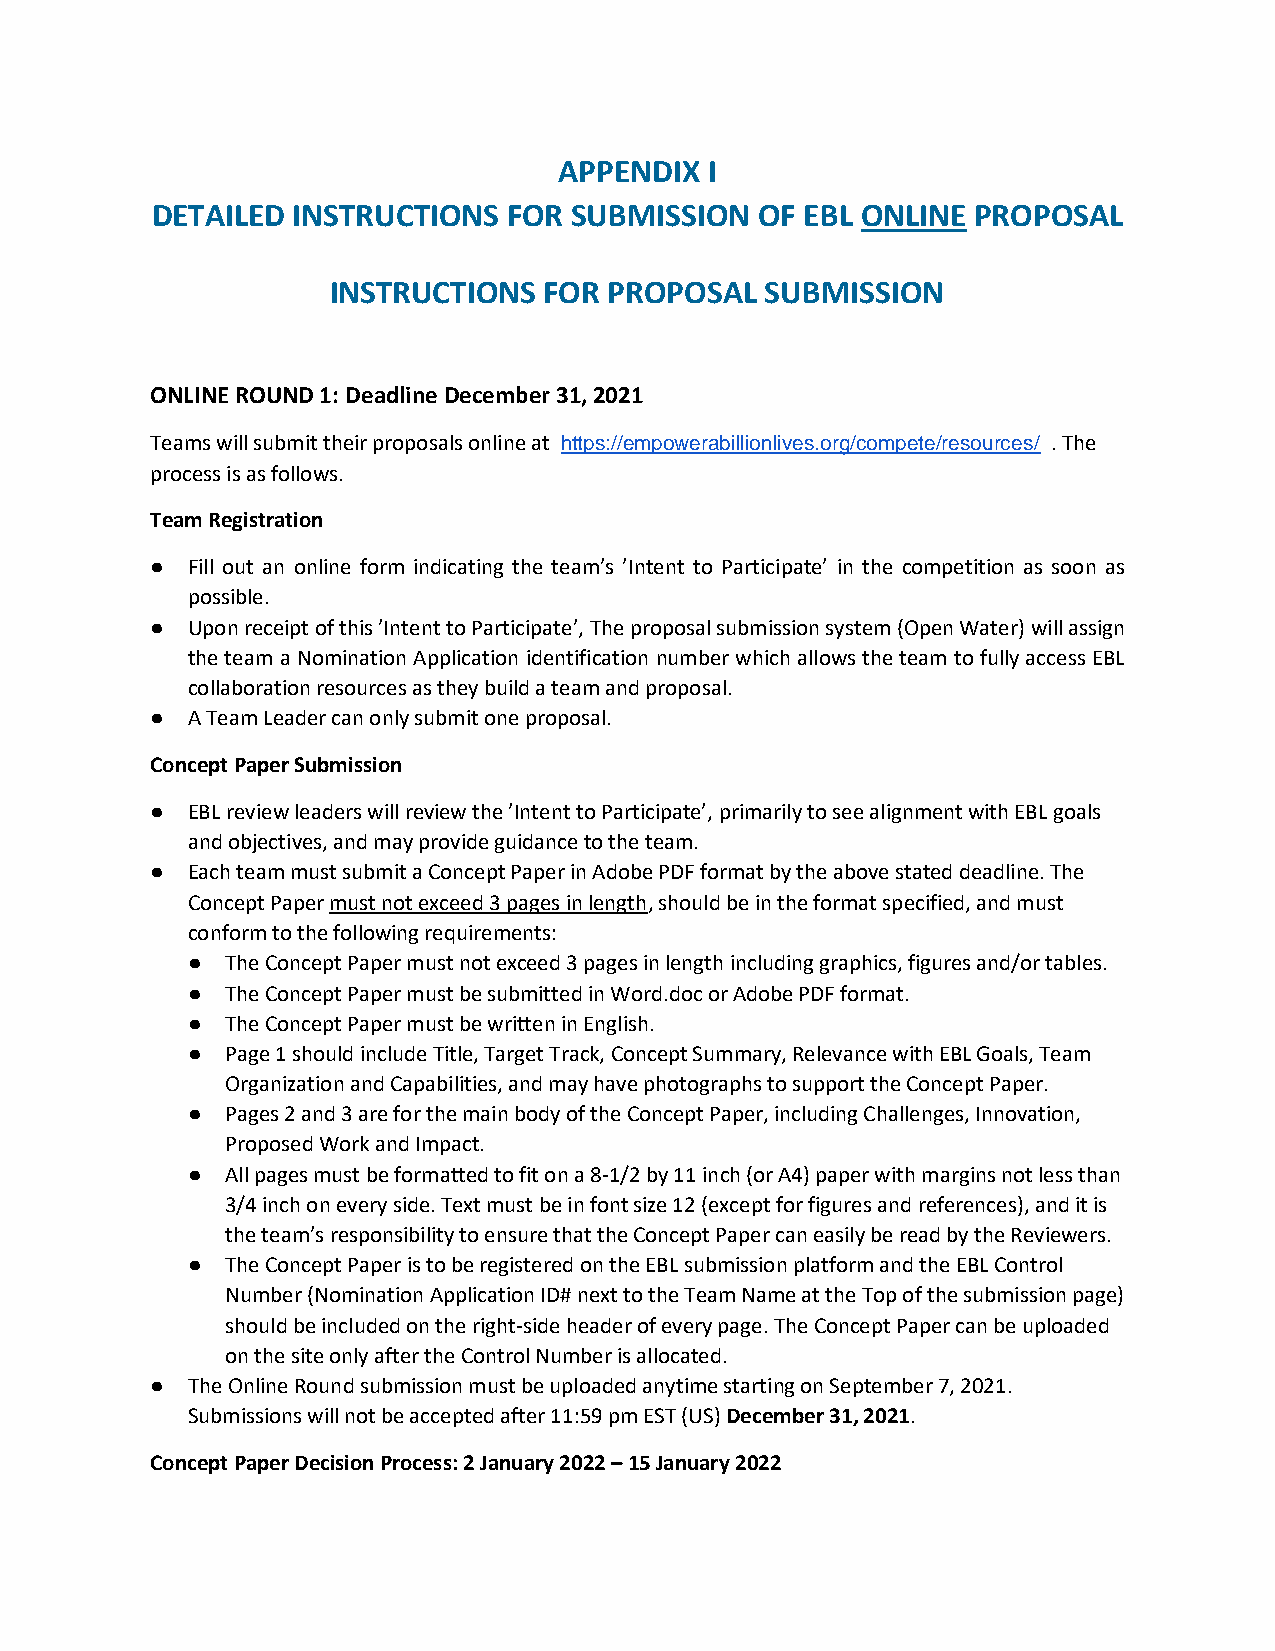
APPENDIX  I
 DETAILED INSTRUCTIONS   FOR SUBMISSION  OF EBL ONLINE PROPOSAL
 INSTRUCTIONS  FOR PROPOSAL   SUBMISSION
 ONLINE ROUND 1: Deadline December 31, 2021
 Teams will submit their proposals online at https://empowerabillionlives.org/compete/resources/ . The
 process is as follows.
 Team Registration
 ● Fill out an online form indicating the team’s ’Intent to Participate’ in the competition as soon as
 possible.
 ● Upon receipt of this ’Intent to Participate’, The proposal submission system (Open Water) will assign
 the team a Nomination Application identification number which allows the team to fully access EBL
 collaboration resources as they build a team and proposal.
 ● A Team Leader can only submit one proposal.
 Concept Paper Submission
 ● EBL review leaders will review the ’Intent to Participate’, primarily to see alignment with EBL goals
 and objectives, and may provide guidance to the team.
 ● Each team must submit a Concept Paper in Adobe PDF format by the above stated deadline. The
 Concept Paper must not exceed 3 pages in length, should be in the format specified, and must
 conform to the following requirements:
 ●  The Concept Paper must not exceed 3 pages in length including graphics, figures and/or tables.
 ●  The Concept Paper must be submitted in Word.doc or Adobe PDF format.
 ●  The Concept Paper must be written in English.
 ●  Page 1 should include Title, Target Track, Concept Summary, Relevance with EBL Goals, Team
 Organization and Capabilities, and may have photographs to support the Concept Paper.
 ●  Pages 2 and 3 are for the main body of the Concept Paper, including Challenges, Innovation,
 Proposed Work and Impact.
 ●  All pages must be formatted to fit on a 8-1/2 by 11 inch (or A4) paper with margins not less than
 3/4 inch on every side. Text must be in font size 12 (except for figures and references), and it is
 the team’s responsibility to ensure that the Concept Paper can easily be read by the Reviewers.
 ●  The Concept Paper is to be registered on the EBL submission platform and the EBL Control
 Number (Nomination Application ID# next to the Team Name at the Top of the submission page)
 should be included on the right-side header of every page. The Concept Paper can be uploaded
 on the site only after the Control Number is allocated.
 ● The Online Round submission must be uploaded anytime starting on September 7, 2021.
 Submissions will not be accepted after 11:59 pm EST (US) December 31, 2021.
 Concept Paper Decision Process: 2 January 2022 – 15 January 2022